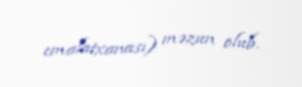
emalatxanası) məzun olub.